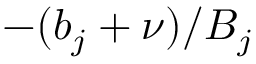
- ( b _ { j } + \nu ) / B _ { j }